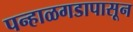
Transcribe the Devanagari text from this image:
पन्हाळगडापासून